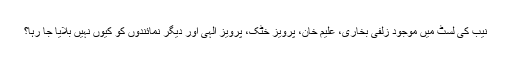
نیب کی لسٹ میں موجود زلفی بخاری، علیم خان، پرویز خٹک، پرویز الہی اور دیگر نمائندوں کو کیوں نہیں بلایا جا رہا؟